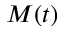
M ( t )